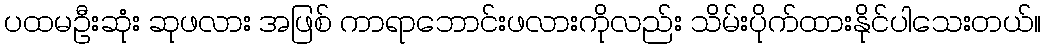
ပထမဦးဆုံး ဆုဖလား အဖြစ် ကာရာဘောင်းဖလားကိုလည်း သိမ်းပိုက်ထားနိုင်ပါသေးတယ်။